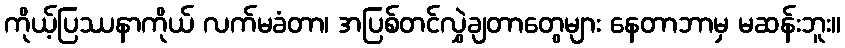
ကိုယ့်ပြဿနာကိုယ် လက်မခံတာ၊ အပြစ်တင်လွှဲချတာတွေများ နေတာဘာမှ မဆန်းဘူး။